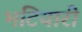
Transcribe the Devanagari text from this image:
भटियारी